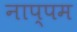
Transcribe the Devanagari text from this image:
नाप्पम